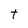
Character: t